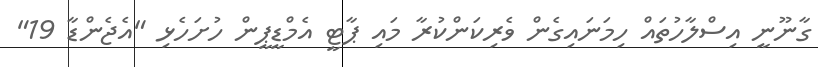
ގާނޫނީ އިސްލާހުތައް ހިމަނައިގެން ވެރިކަންކުރާ މައި ޕާޓީ އެމްޑީޕީން ހުށަހެޅި "އެޖެންޑާ 19"